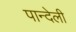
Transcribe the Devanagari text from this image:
पान्देली